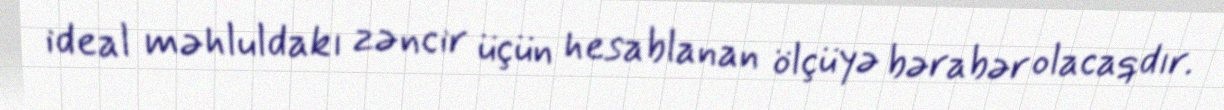
ideal məhluldakı zəncir üçün hesablanan ölçüyə bərabər olacaqdır.